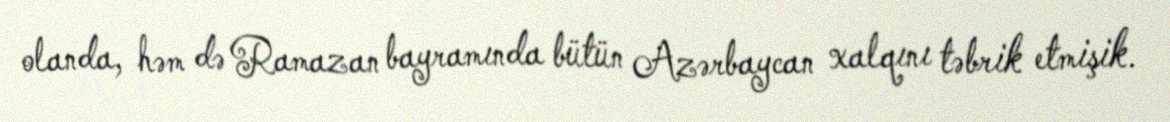
olanda, həm də Ramazan bayramında bütün Azərbaycan xalqını təbrik etmişik.